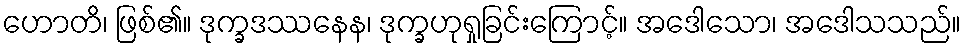
ဟောတိ၊ ဖြစ်၏။ ဒုက္ခဒဿနေန၊ ဒုက္ခဟုရှုခြင်းကြောင့်။ အဒေါသော၊ အဒေါသသည်။